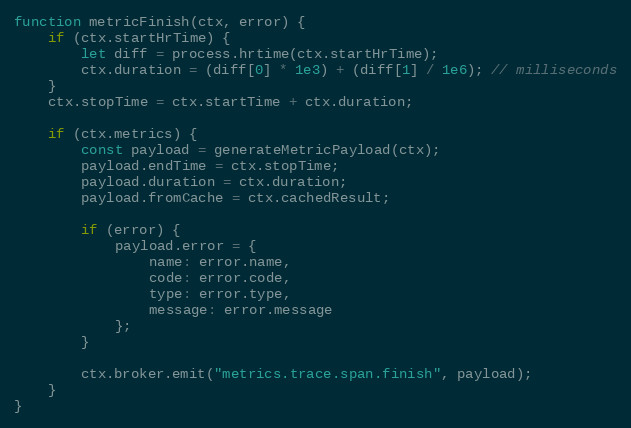
Language: JavaScript
function metricFinish(ctx, error) {
	if (ctx.startHrTime) {
		let diff = process.hrtime(ctx.startHrTime);
		ctx.duration = (diff[0] * 1e3) + (diff[1] / 1e6); // milliseconds
	}
	ctx.stopTime = ctx.startTime + ctx.duration;

	if (ctx.metrics) {
		const payload = generateMetricPayload(ctx);
		payload.endTime = ctx.stopTime;
		payload.duration = ctx.duration;
		payload.fromCache = ctx.cachedResult;

		if (error) {
			payload.error = {
				name: error.name,
				code: error.code,
				type: error.type,
				message: error.message
			};
		}

		ctx.broker.emit("metrics.trace.span.finish", payload);
	}
}